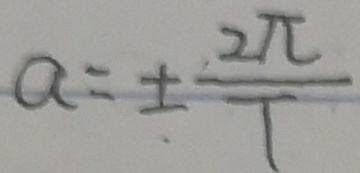
a = \pm \frac { 2 \pi } { T }